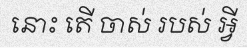
នោះ តើ ចាស់ របស់ អ្វី